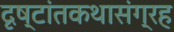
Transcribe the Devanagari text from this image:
दृष्टांतकथासंग्रह